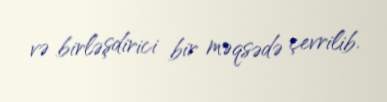
və birləşdirici bir məqsədə çevrilib.